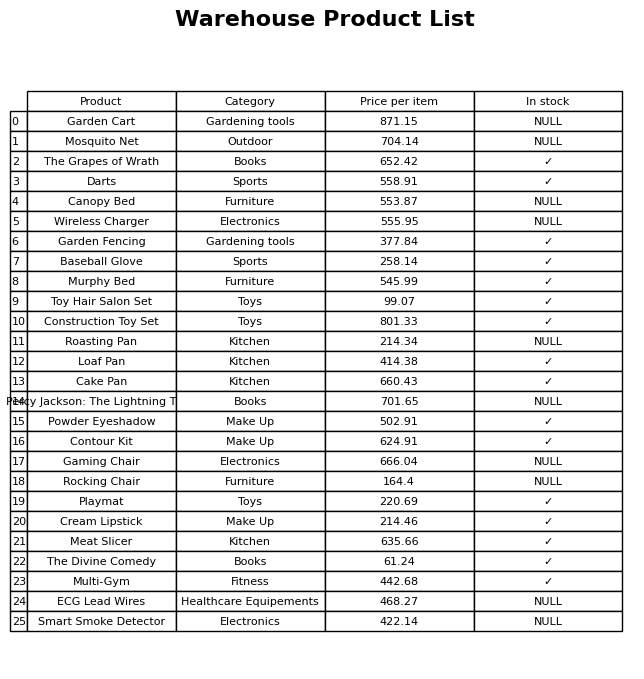
question: What category does the Garden Cart belong to?
answer: Gardening tools